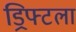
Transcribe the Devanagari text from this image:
ड्रिफ्टला